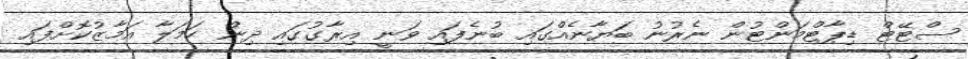
ސްޓޭޓް ޑިޕާޓްމަންޓުން ނެރުނު ބަޔާނެއްގައި ބުނެފައި ވަނީ އިރާގުގައި ދިން ހަމަލާ އަމާޒުކޮށްފައި